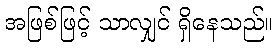
အဖြစ်ဖြင့် သာလျှင် ရှိနေသည်။